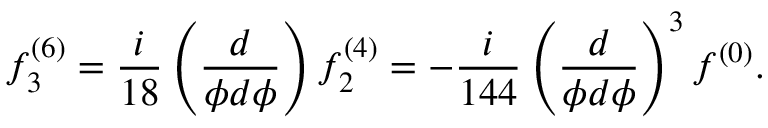
f _ { 3 } ^ { ( 6 ) } = \frac { i } { 1 8 } \left( \frac { d } { \phi d \phi } \right) f _ { 2 } ^ { ( 4 ) } = - \frac { i } { 1 4 4 } \left( \frac { d } { \phi d \phi } \right) ^ { 3 } f ^ { ( 0 ) } .